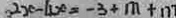
2 x - 4 x = - 3 + m + n